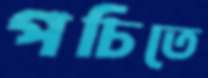
পচিতে